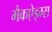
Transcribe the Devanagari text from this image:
मैकऐड्म्स